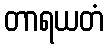
တာရယတံ